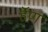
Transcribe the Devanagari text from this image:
हॅण